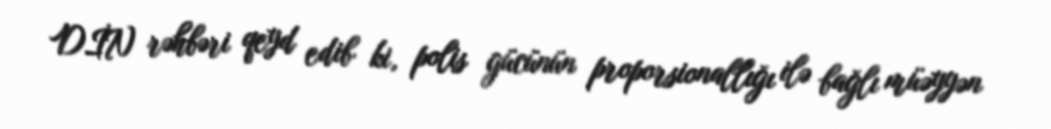
DİN rəhbəri qeyd edib ki, polis gücünün proporsionallığı ilə bağlı müəyyən